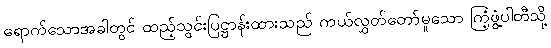
ရောက်သောအခါတွင် ထည့်သွင်းပြဋ္ဌာန်းထားသည် ကယ်လွှတ်တော်မူသော ကြံ့ဖွံ့ပါတီသို့